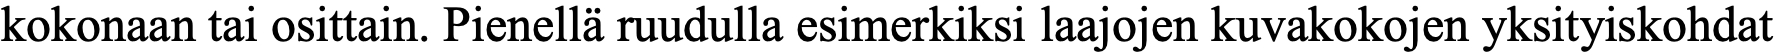
kokonaan tai osittain. Pienellä ruudulla esimerkiksi laajojen kuvakokojen yksityiskohdat